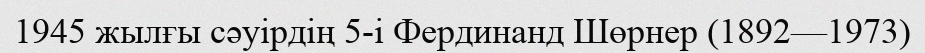
1945 жылғы сәуірдің 5-і Фердинанд Шөрнер (1892—1973)